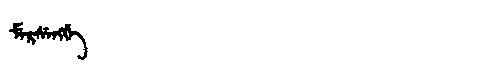
Manchu: ᠮᡝᡵᠰᡝᠩᡤᡝ
Romanization: MERSENGGE